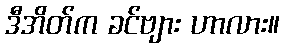
ဒီအိတ်က ခင်ဗျား ဟာလား။